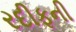
રદીફની